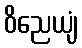
ဝိညေယျံ